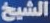
الشيخ